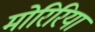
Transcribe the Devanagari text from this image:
मोरिरिया